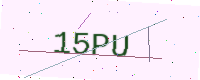
Text: 15PU